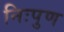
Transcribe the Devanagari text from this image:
निःपुण